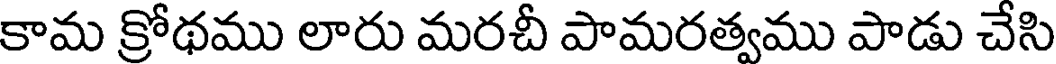
కామ క్రోథము లారు మరచీ పామరత్వము పాడు చేసి